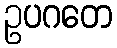
ဥပဂတေ